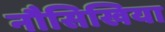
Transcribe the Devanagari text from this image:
नौसिखिया